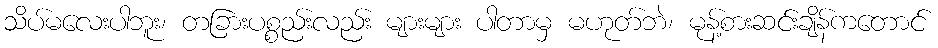
သိပ်မလေးပါဘူး၊ တခြားပစ္စည်းလည်း များများ ပါတာမှ မဟုတ်ဘဲ၊ မုန့်စားဆင်းချိန်ကတောင်